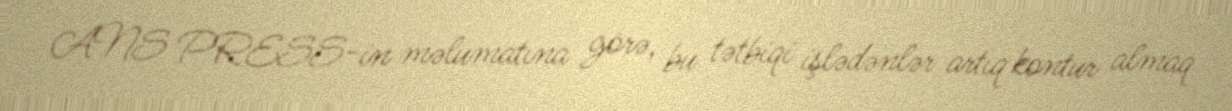
ANS PRESS-in məlumatına görə, bu tətbiqi işlədənlər artıq kontur almaq